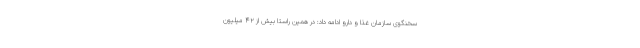
سخنگوی سازمان غذا و دارو ادامه داد: در همین راستا بیش از ۴۲ میلیون